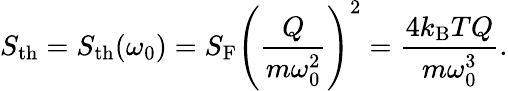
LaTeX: S_{\mathrm{th}}=S_{\mathrm{th}}(\omega_{0})=S_{\mathrm{F}}\left(\frac{Q}{m\omega_{0}^{2}}\right)^{2}=\frac{4k_{\mathrm{B}}TQ}{m\omega_{0}^{3}}.